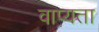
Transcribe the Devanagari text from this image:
वाप्यता